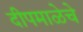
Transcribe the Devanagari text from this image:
दीपमाळेचे